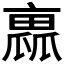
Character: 𠆁